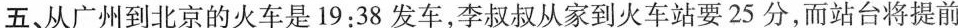
五、从广州到北京的火车是19:38发车，李叔叔从家到火车站要25分，而站台将提前